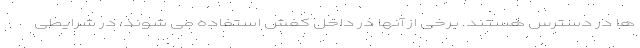
ها در دسترس هستند. برخی از آنها در داخل کفش استفاده می شوند، در شرایطی